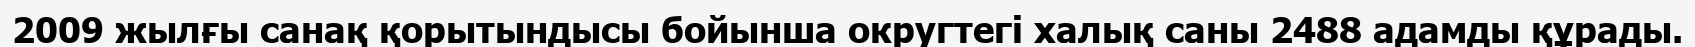
2009 жылғы санақ қорытындысы бойынша округтегі халық саны 2488 адамды құрады.